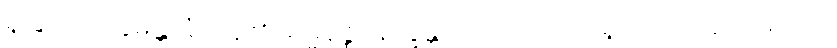
ရှုခြင်းကို။ ခမန္တိ၊ ခံကုန်၏။ ဓမ္မနိဇ္ဈာနက္ခန္တိယာ၊ တရားကို ရှုခြင်းငှာ ခံ့သဖြင့်။ ဝါ၊